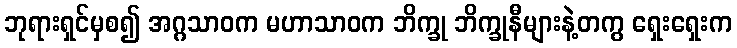
ဘုရားရှင်မှစ၍ အဂ္ဂသာဝက မဟာသာဝက ဘိက္ခု ဘိက္ခုနီများနဲ့တကွ ရှေးရှေးက